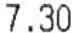
7.30